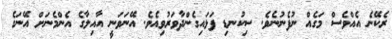
ރެކޭނެ އެއްވެސް މަގެއް ނުފެނުނެވެ. ސިކުނޑި ފަޅައިގެންދާވަރުވިއެވެ. އޭނަވަނީ އާއިލާގެ އެންމެނަށް އޭނަގެ